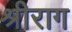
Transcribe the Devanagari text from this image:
श्रीराग